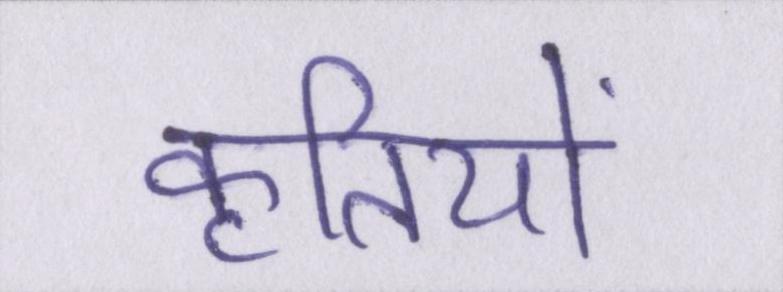
कृतियों